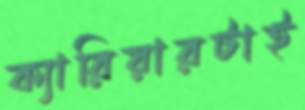
ক্যারিয়ারটাই